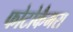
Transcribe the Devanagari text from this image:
फोटोकैमरा